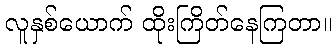
လူနှစ်ယောက် ထိုးကြိတ်နေကြတာ။